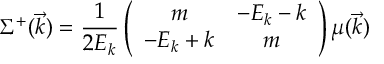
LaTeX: \Sigma ^ { + } ( \vec { k } ) = \frac { 1 } { 2 E _ { k } } \left( \begin{array} { c c } { { m } } & { { - E _ { k } - k } } \\ { { - E _ { k } + k } } & { { m } } \end{array} \right) \mu ( \vec { k } )